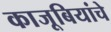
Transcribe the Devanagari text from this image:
काजूबियांचे